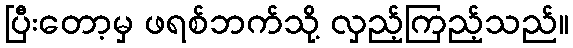
ပြီးတော့မှ ဖရစ်ဘက်သို့ လှည့်ကြည့်သည်။